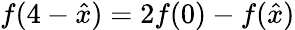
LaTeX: f(4-\hat{x})=2f(0)-f(\hat{x})